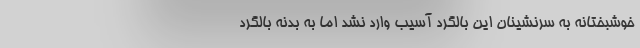
خوشبختانه به سرنشینان این بالگرد آسیب وارد نشد اما به بدنه بالگرد